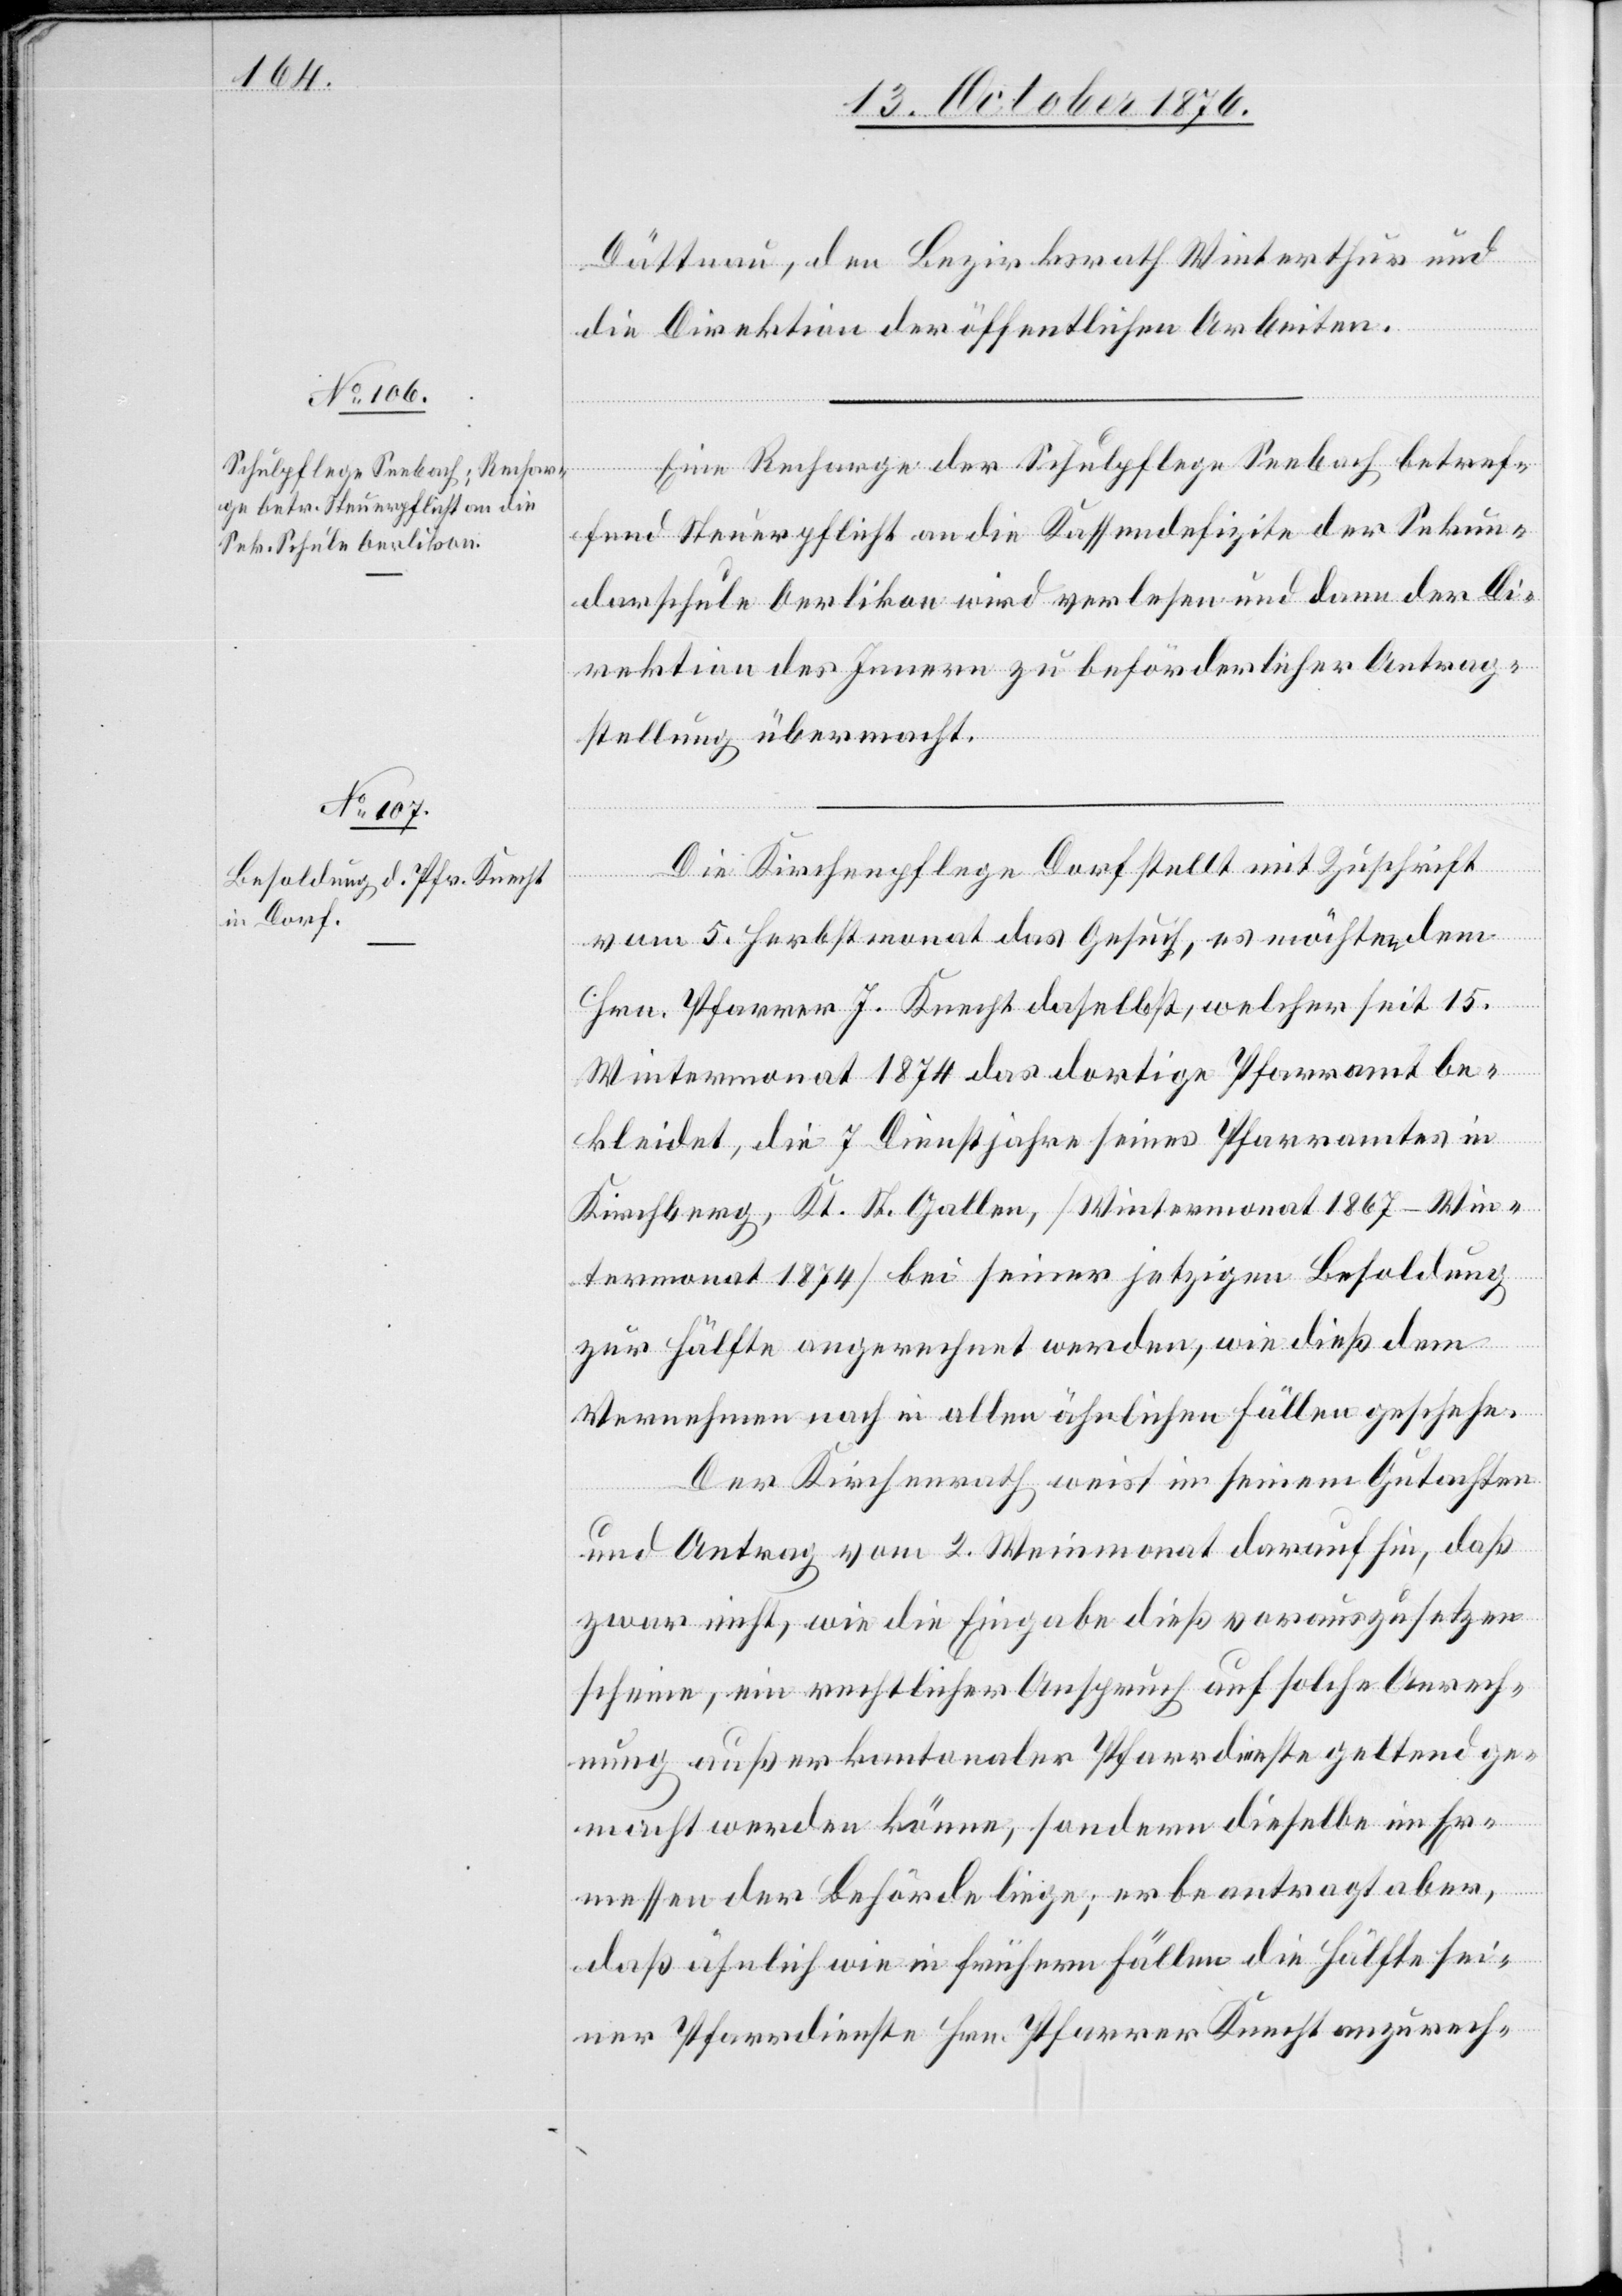
Dättnau, den Bezirksrath Winterthur und
die Direktion der öffentlichen Arbeiten.
Eine Recharge der Schulpflege Seebach betref¬
fend Steuerpflicht an die Kassendefizite der Sekun¬
darschule Oerlikon wird verlesen und dann der Di¬
rektion des Innern zu beförderlicher Antrag¬
stellung übermacht.
Die Kirchenpflege Dorf stellt mit Zuschrift
vom 5. Herbstmonat das Gesuch, es möchten dem
Hrn. Pfarrer J. Knecht daselbst, welcher seit 15.
Wintermonat 1874 das dortige Pfarramt be¬
kleidet, die 7 Dienstjahre seines Pfarramtes in
Kirchberg, Kt. St. Gallen, [Wintermonat 1867–Win¬
termonat 1874] bei seiner jetzigen Besoldung
zur Hälfte angerechnet werden, wie dieß dem
Vernehmen nach in allen ähnlichen Fällen geschehe.
Der Kirchenrath weist in seinem Gutachten
und Antrag vom 2. Weinmonat darauf hin, daß
zwar nicht, wie die Eingabe dieß vorauszusetzen
scheine, ein rechtlicher Anspruch auf solche Anrech¬
nung außer kantonaler Pfarrdienste geltend ge¬
macht werden könne, sondern dieselbe im Er¬
messen der Behörde liege; er beantragt aber,
daß ähnlich wie in frühern Fällen die Hälfte sei¬
ner Pfarrdienste Hrn. Pfarrer Knecht anzurech-